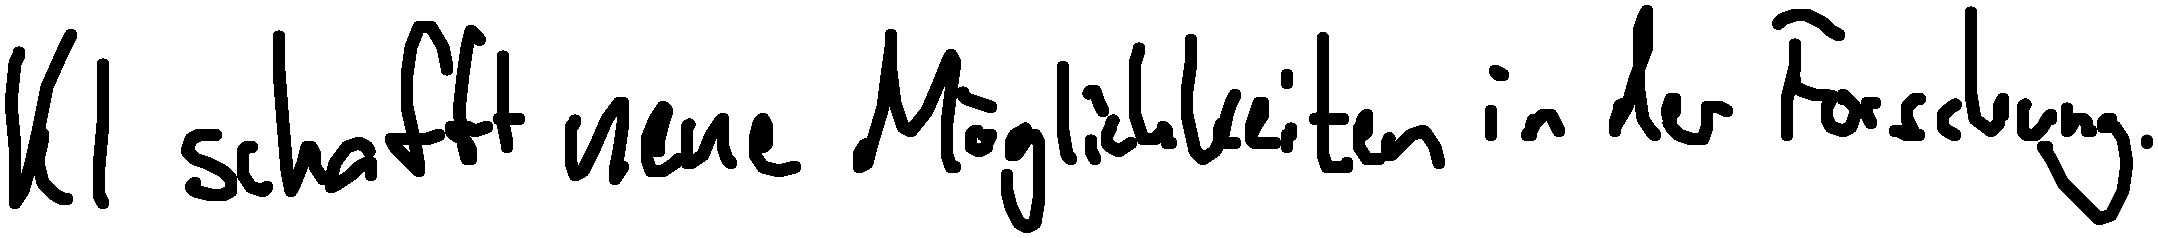
KI schafft neue Möglichkeiten in der Forschung.